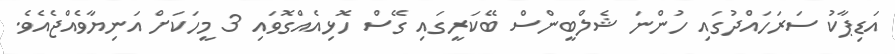
އަޑިޕާކު ސަރަހައްދުގައި ހުންނަ ޝެލްބީންސް ބޭކަރީގައި ގޭސް ހޮޅިއެއްގޮވައި 3 މީހަކަށް އަނިޔާވެއްޖެއެވެ.